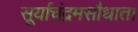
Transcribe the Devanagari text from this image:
सूर्याचंद्रमसौधाता